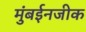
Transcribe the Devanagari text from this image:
मुंबईनजीक